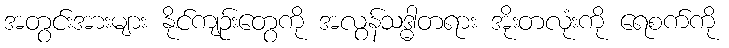
အတွင်းအားများ နိုင်ကျဉ်းတွေကို အလွန်သဒ္ဓါတရား အိုးတလုံးကို ရေစက်ကို